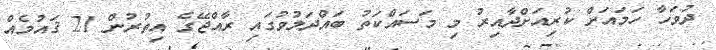
ދުވަހާ ހަމައަށް ކުރިއަށްދާއިރު މި މަސައްކަތު ބައްދަލުވުގައި ރާއްޖޭގެ އިތުރުން 21 ޤައުމެއް